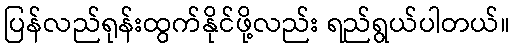
ပြန်လည်ရုန်းထွက်နိုင်ဖို့လည်း ရည်ရွယ်ပါတယ်။